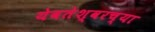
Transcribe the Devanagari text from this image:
येवतेश्वरच्या